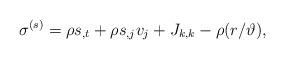
LaTeX: \begin{align*} \sigma^{\left(s\right)}=\rho s_{,t}+\rho s_{,j}v_{j}+J_{k,k} - \rho({{r}}/{\vartheta}),\end{align*}